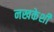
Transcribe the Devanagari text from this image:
नखकेशी